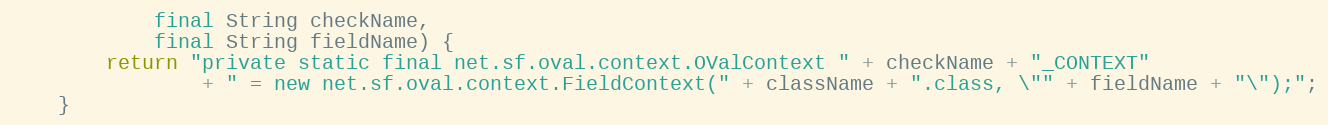
Language: Java
            final String checkName,
            final String fieldName) {
        return "private static final net.sf.oval.context.OValContext " + checkName + "_CONTEXT"
                + " = new net.sf.oval.context.FieldContext(" + className + ".class, \"" + fieldName + "\");";
    }